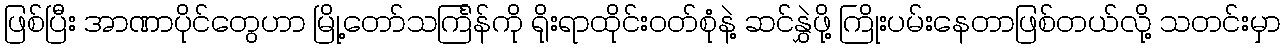
ဖြစ်ပြီး အာဏာပိုင်တွေဟာ မြို့တော်သင်္ကြန်ကို ရိုးရာထိုင်းဝတ်စုံနဲ့ ဆင်နွှဲဖို့ ကြိုးပမ်းနေတာဖြစ်တယ်လို့ သတင်းမှာ